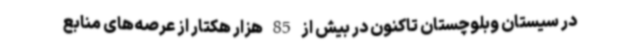
در سیستان وبلوچستان تاکنون در بیش از 85 هزار هکتار از عرصه‌های منابع